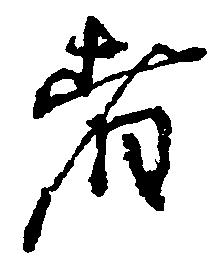
者